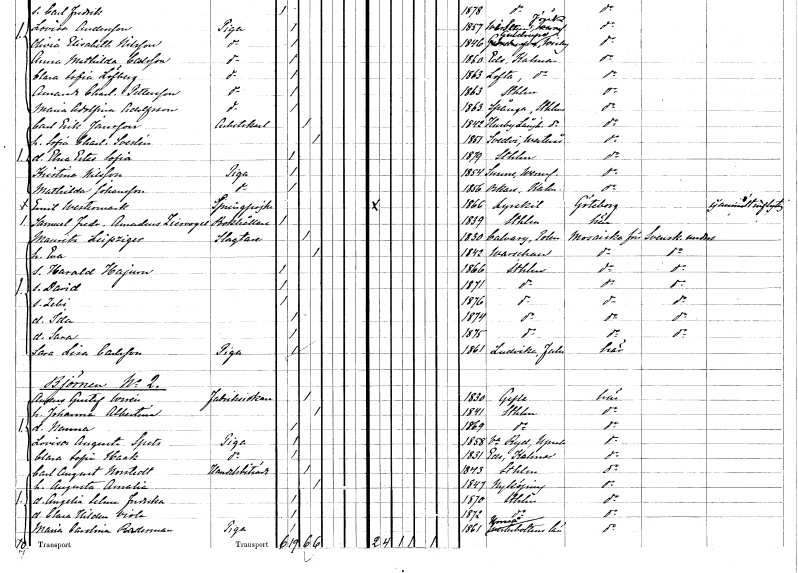
gt_parse: households: individuals: FN: Carl Erik
EN: Jansson
YRKE: Arbetskarl
KON: M
CIV: G
FODAR: 1842
FODFORS: Husby-Långhundra Uppsala län
FN: Sofia Charlotta
EN: Svedin
KON: K
CIV: G
FODAR: 1851
FODFORS: Svedvi Västmanlands län
FN: Elna Ester Sofia
KON: K
CIV: O
FODAR: 1879
FODFORS: Stockholm
FN: Kristina
EN: Nilsson
YRKE: Piga
KON: K
CIV: O
FODAR: 1854
FODFORS: Sunne Värmlands län
FN: Mathilda
EN: Johansson
YRKE: Piga
KON: K
CIV: O
FODAR: 1856
FODFORS: Oskar Kalmar län
FN: Emil
EN: Westermark
YRKE: Springpojke
KON: M
CIV: O
FODAR: 1866
FODFORS: Lysekil Göteborgs- och Bohuslän
FN: Samuel Fredrik Amadeus
EN: Ziervogel
YRKE: Bokhållare
KON: M
CIV: O
FODAR: 1839
FODFORS: Stockholm
FN: Mauritz
EN: Leipziger
YRKE: Slaktare
KON: M
CIV: G
FODAR: 1830
FN: Eva
KON: K
CIV: G
FODAR: 1842
FN: Harald Hajurn
KON: M
CIV: O
FODAR: 1866
FODFORS: Stockholm
FN: David
KON: M
CIV: O
FODAR: 1871
FODFORS: Stockholm
FN: Zebi
KON: M
CIV: O
FODAR: 1876
FODFORS: Stockholm
FN: Ida
KON: K
CIV: O
FODAR: 1874
FODFORS: Stockholm
FN: Sara
KON: K
CIV: O
FODAR: 1875
FODFORS: Stockholm
FN: Sara Lisa
EN: Carlsson
YRKE: Piga
KON: K
CIV: O
FODAR: 1861
FODFORS: Ludvika Kopparbergs län
FN: Anders Gustaf
EN: Wirén
YRKE: Fabriksidkare
KON: M
CIV: G
FODAR: 1830
FODFORS: Gävle Gävleborgs län
FN: Johanna Albertina
KON: K
CIV: G
FODAR: 1841
FODFORS: Stockholm
FN: Nanna
KON: K
CIV: O
FODAR: 1869
FODFORS: Stockholm
FN: Lovisa Augusta
EN: Spets
YRKE: Piga
KON: K
CIV: O
FODAR: 1858
FODFORS: Västra Ryd Stockholms län
FN: Clara Sofia
EN: Haak
YRKE: Piga
KON: K
CIV: O
FODAR: 1831
FODFORS: Västra Ed Kalmar län
FN: Carl August
EN: Norstedt
YRKE: Handelsbiträde
KON: M
CIV: G
FODAR: 1843
FODFORS: Stockholm
FN: Augusta Amalia
KON: K
CIV: G
FODAR: 1847
FODFORS: Nyköping Södermanlands län
FN: Angelia Selma Fredrika
KON: K
CIV: O
FODAR: 1870
FODFORS: Stockholm
FN: Clara Hildur Viola
KON: K
CIV: O
FODAR: 1872
FODFORS: Stockholm
FN: Maria Carolina
EN: Raderman
YRKE: Piga
KON: K
CIV: O
FODAR: 1861
FODFORS: Umeå Västerbottens län